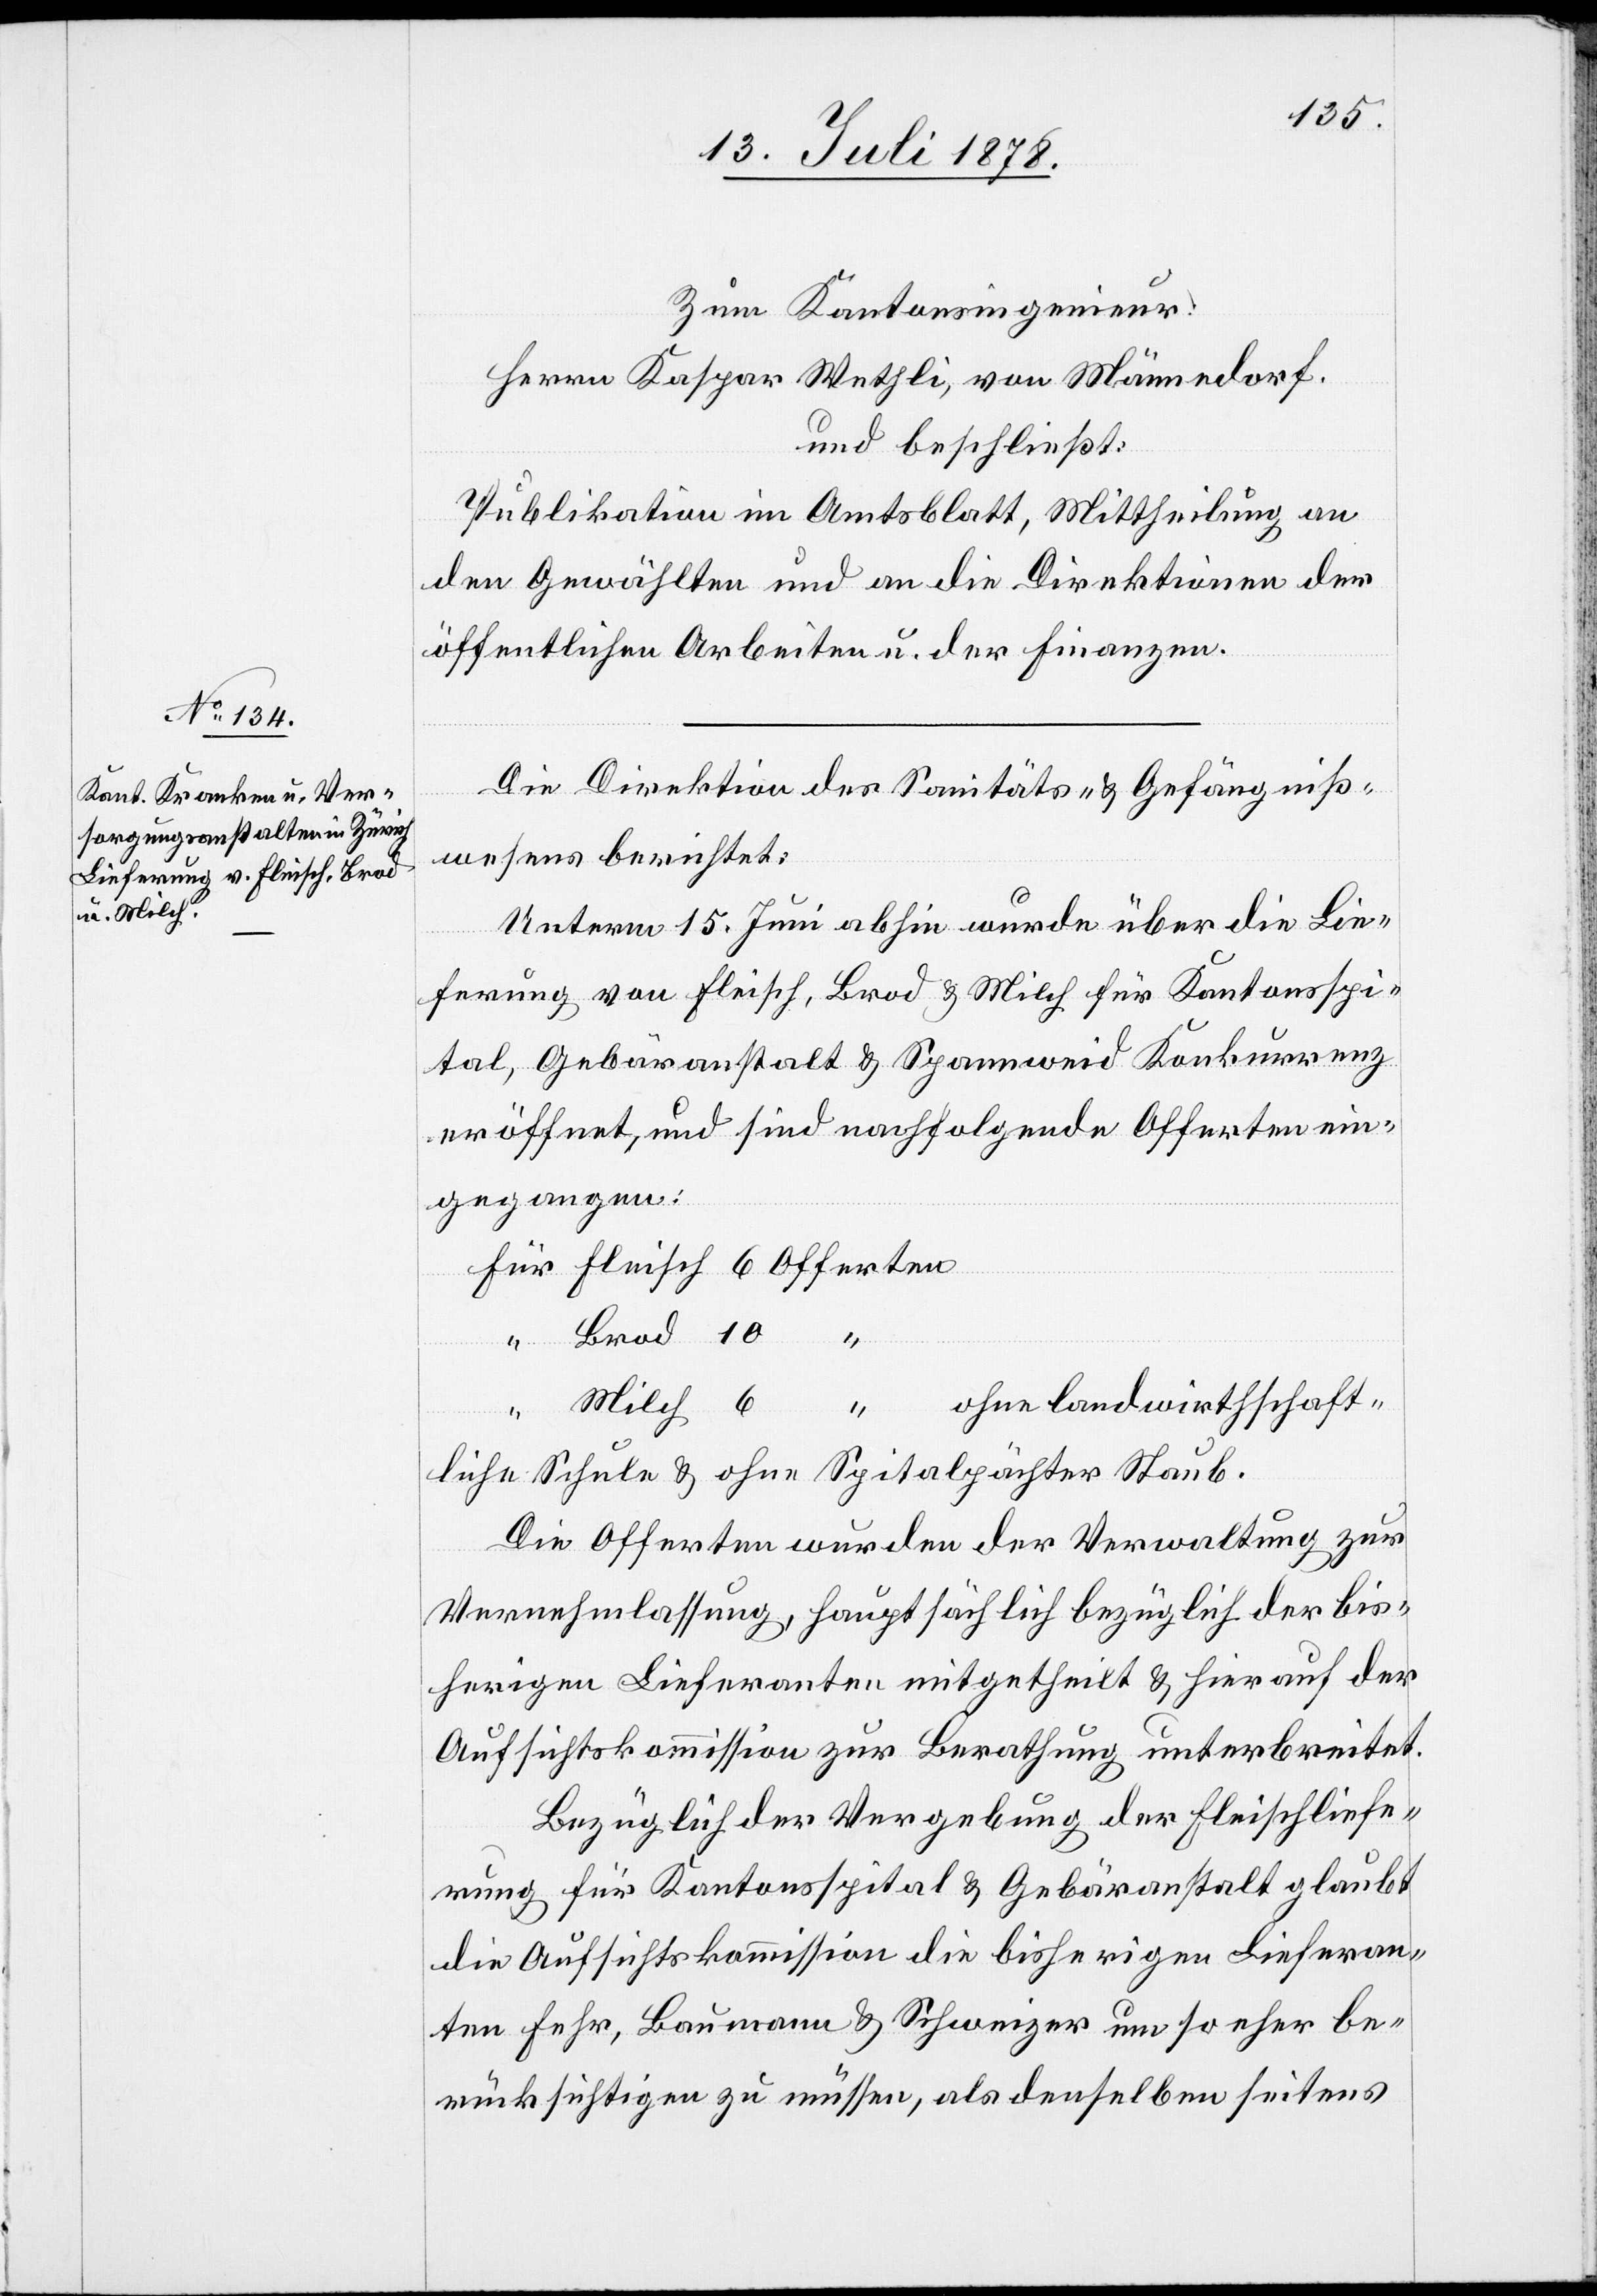
Zum Kantonsingenieur:
Herrn Kaspar Wethli, von Männedorf.
und beschließt:
Publikation im Amtsblatt, Mittheilung an
den Gewählten und an die Direktionen der
öffentlichen Arbeiten u. der Finanzen.
Die Direktion des Sanitäts- & Gefängniß¬
f der
wesens berichtet:
Unterm 15. Juni abhin wurde über die Lie¬
ferung von Fleisch, Brod & Milch für Kantonsspi¬
tal, Gebäranstalt & Spannweid Konkurrenz
eröffnet und sind nachfolgende Offerten ein¬
gegangen:
Für Fleisch 6 Offerten
Brod 10 “
ohne landwirthschaft¬
“ Milch 6 “
liche Schule & ohne Spitalpächter Staub.
Die Offerten wurden der Verwaltung zur
Vernehmlassung, hauptsächlich bezüglich & hier au¬
Aufsichtskommission zur Berathung unterbreitet.
Bezüglich der Vergebung der Fleischliefe¬
rung für Kantonsspital & Gebäranstalt glaubt
die Aufsichtskommission die bisherigen Lieferan¬
ten Fehr, Baumann & Schweizer um so eher be¬
rücksichtigen zu müssen, als denselben seitens